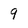
Character: 9